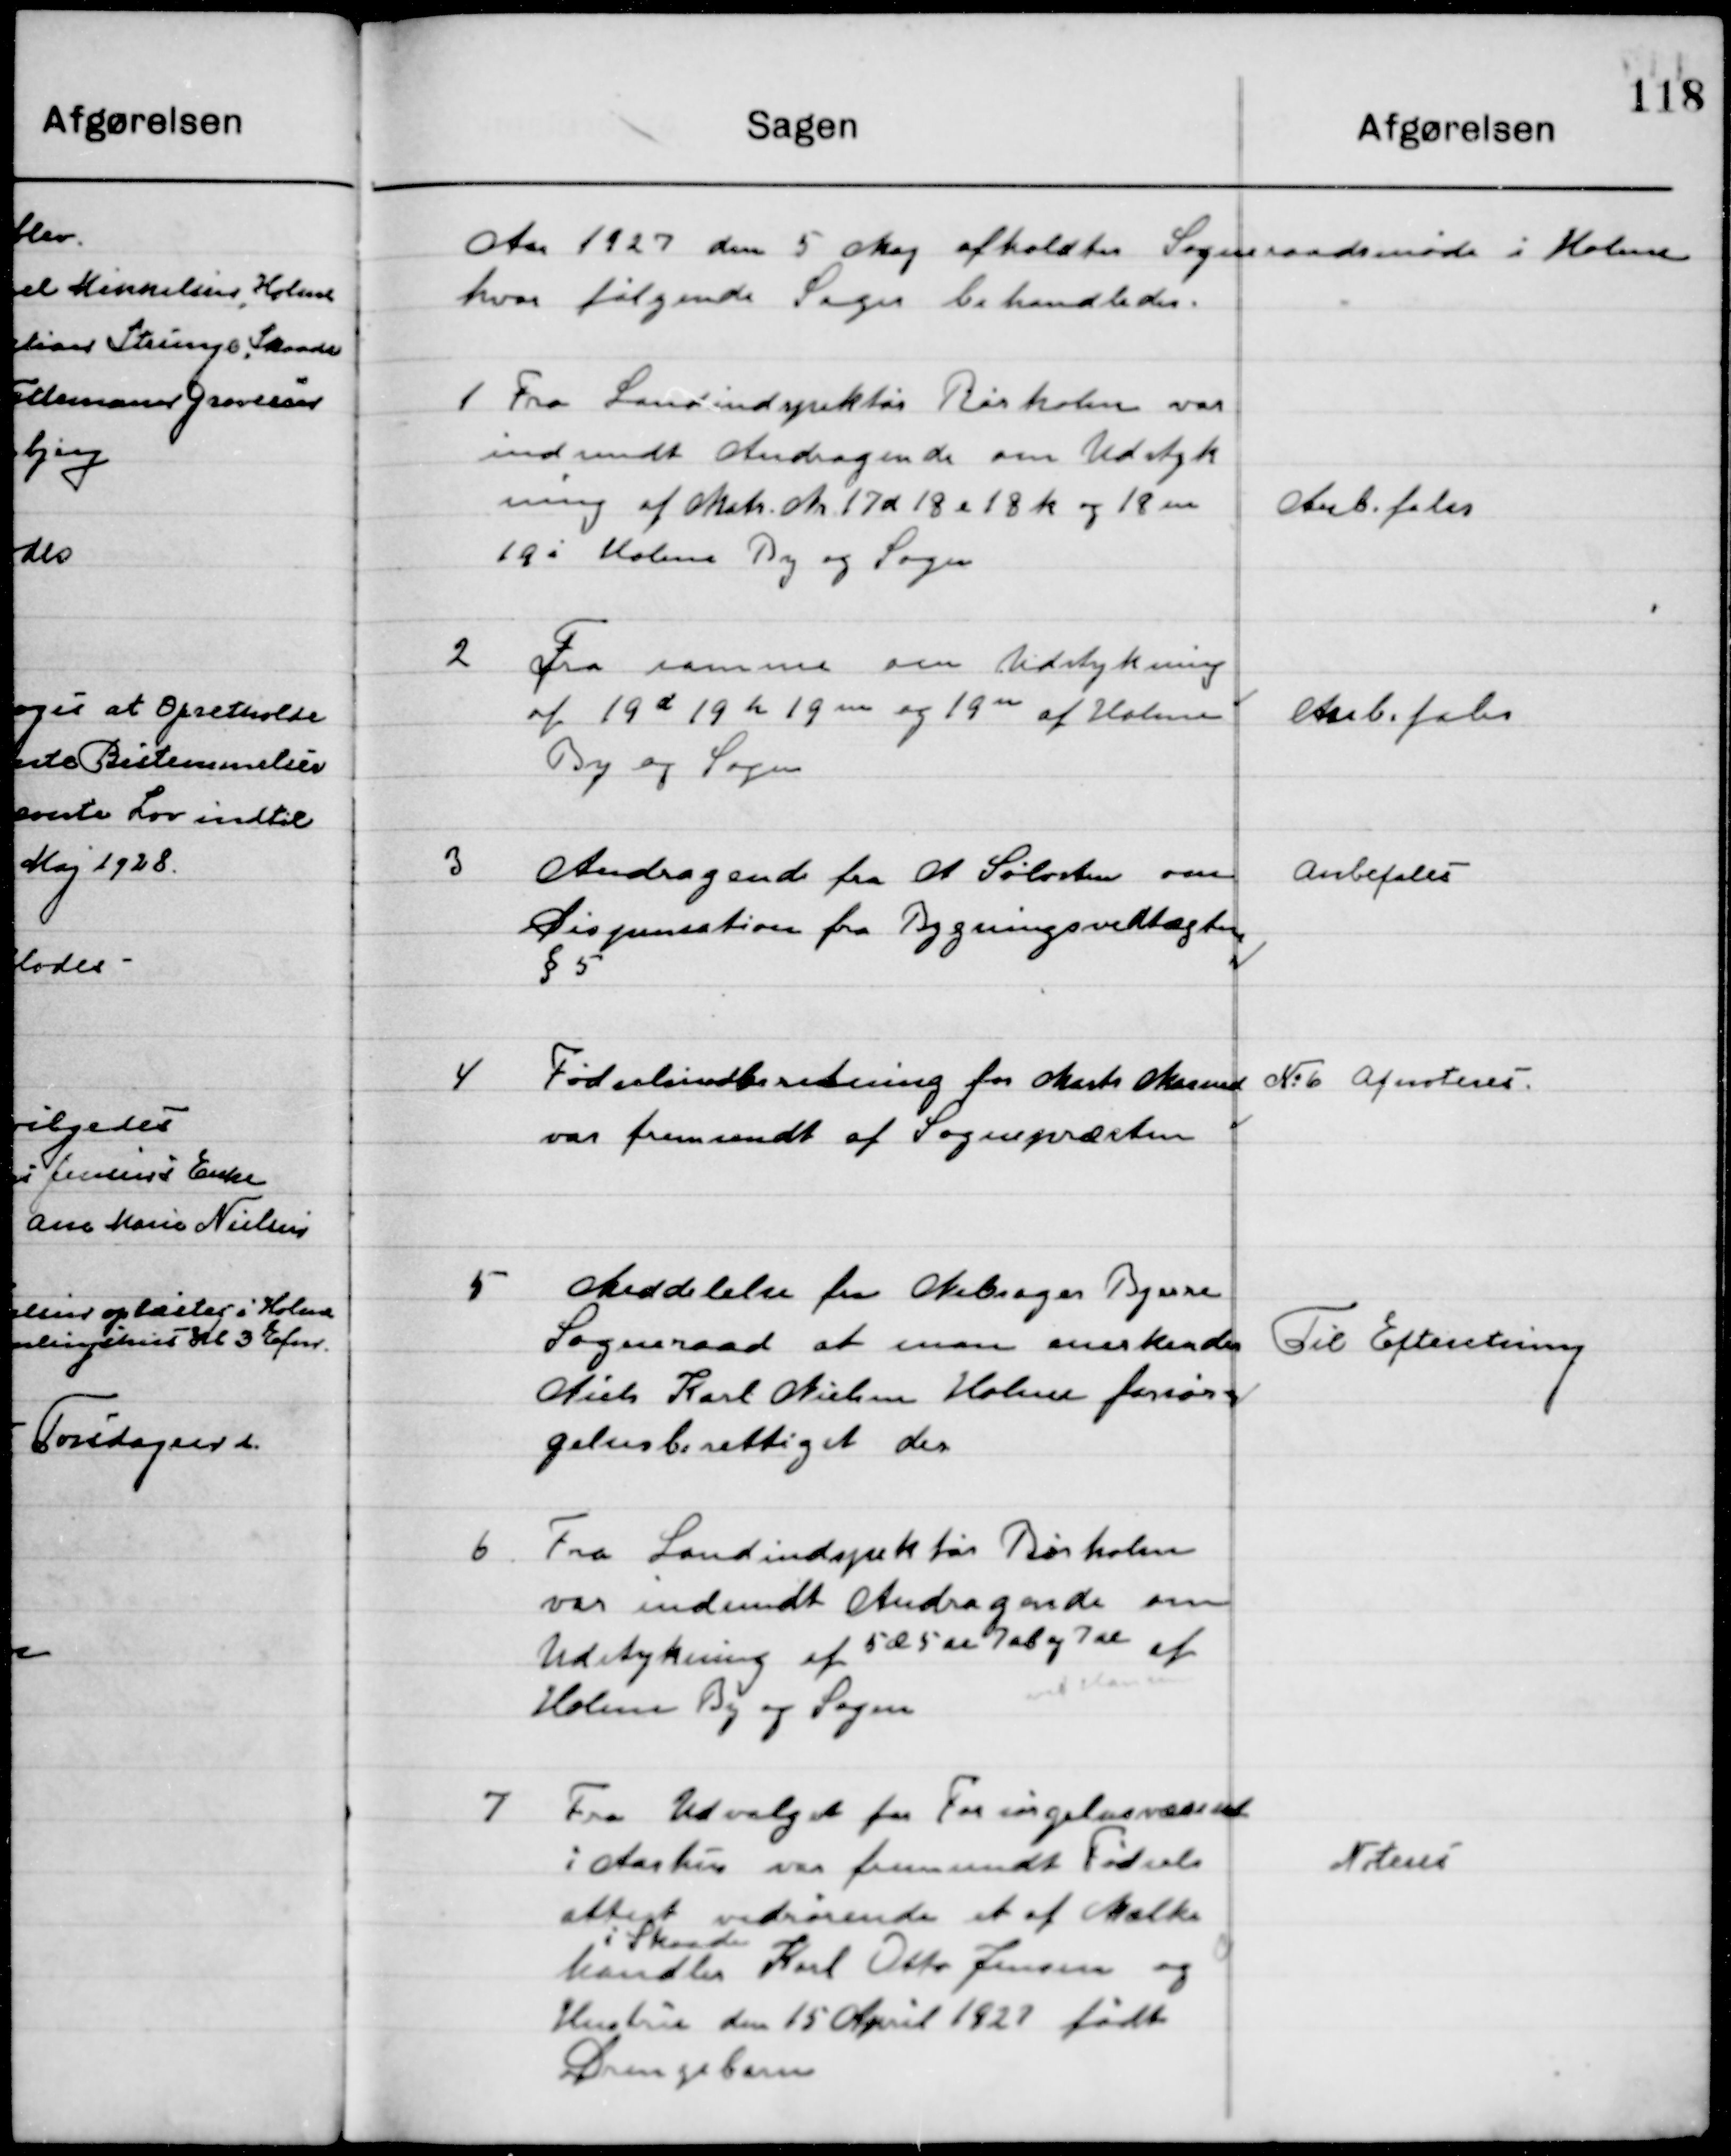
Transskription:
Aaret 1927 d. 5 Maj afholdt Sogneraadsmøde i Holme
hvor følgende Sager behandledes.

1

Fra Landinspektør Rørholm var
Indsendt Andragende om Udstyk-
ning af Matr. No. 17 d 18 a 18 k og 18 n
19 i Holme By og Sogn.

Anbefales

2

Fra samme om Udstykning
Af 19 d 19 h 19 m og 19 n af Holme 
By og Sogn.

Anbefales

3

Andragende fra A. Søholm om
Dispensation fra Byggevedtægten 
§ 5.

Anbefales

4

Fødselsindberetning for Marts Maaned
Var fremsendt af Sognepræsten.

No. 6 Afnoteres

5

Meddelelse fra Nørager Bjerre
Sogneraad at man anerkender
Niels Karl Nielsen Holme forsør-
gelsesberettiget der.

Til Efterretning

6

Fra Landinspektør Rørholm 
Var Indsendt Andragende om 
Udstykning af 5 æ 5 n 7 ab og 7ae af
Holme By og Sogn.

7

Fra Udvalget for Forsørgelsesvæsenet
I Aarhus var fremsendt fødsels-
attest vedrørende et af Mælke-
handler i Skaade Karl Otto Jensen og
Hustru den 15 April 1927 født
Drengebarn.

Noteres